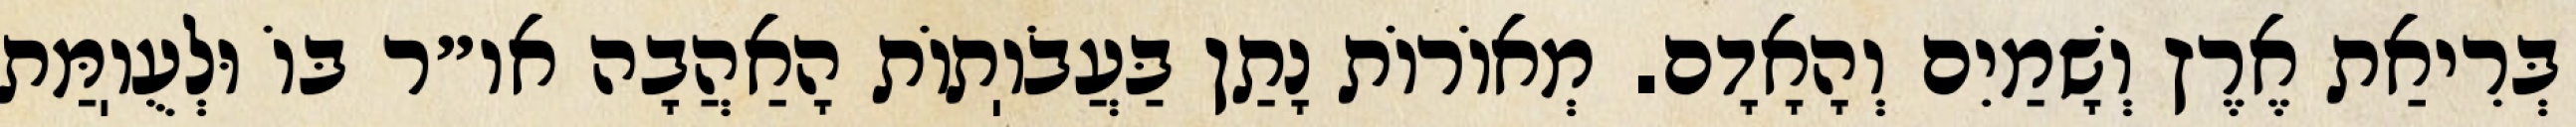
בְּרִיאַת אֶרֶץ וְשָׁמַיִם וְהָאָדָם. מְאוֹרוֹת נָתַן בַּעֲבֹוֽתוֹת הָאַהֲבָה או״ר בּוֹ וּלְעֻוֽמַּת